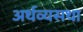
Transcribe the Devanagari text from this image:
अर्थव्यसथा